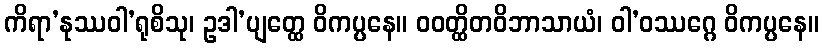
ကိရာ’နုဿဝါ’ရုစိသု၊ ဥဒါ’ပျတ္ထေ ဝိကပ္ပနေ။ ဝဝတ္ထိတဝိဘာသာယံ၊ ဝါ’ဝဿဂ္ဂေ ဝိကပ္ပနေ။